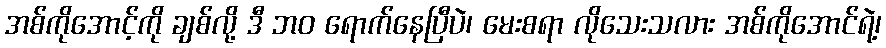
အစ်ကိုအောင့်ကို ချစ်လို့ ဒီ ဘဝ ရောက်နေပြီပဲ၊ မေးစရာ လိုသေးသလား အစ်ကိုအောင်ရဲ့၊